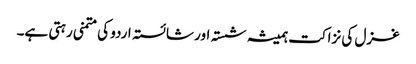
غزل کی نزاکت ہمیشہ شستہ اور شائستہ اردو کی متمنی رہتی ہے۔